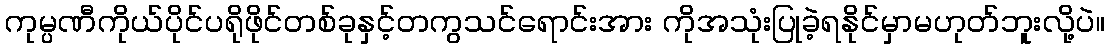
ကုမ္ပဏီကိုယ်ပိုင်ပရိုဖိုင်တစ်ခုနှင့်တကွသင်ရောင်းအား ကိုအသုံးပြုခဲ့ရနိုင်မှာမဟုတ်ဘူးလို့ပဲ။